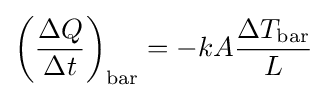
\left({\frac {\Delta Q}{\Delta t}}\right)_{\mathrm {bar} }=-kA{\frac {\Delta T_{\mathrm {bar} }}{L}}